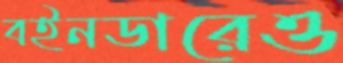
বইনডারেও